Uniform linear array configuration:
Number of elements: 48
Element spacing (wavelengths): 0.75
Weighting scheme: blackman
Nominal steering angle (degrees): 45
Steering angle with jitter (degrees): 44.448
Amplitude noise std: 0.05
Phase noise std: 0.05

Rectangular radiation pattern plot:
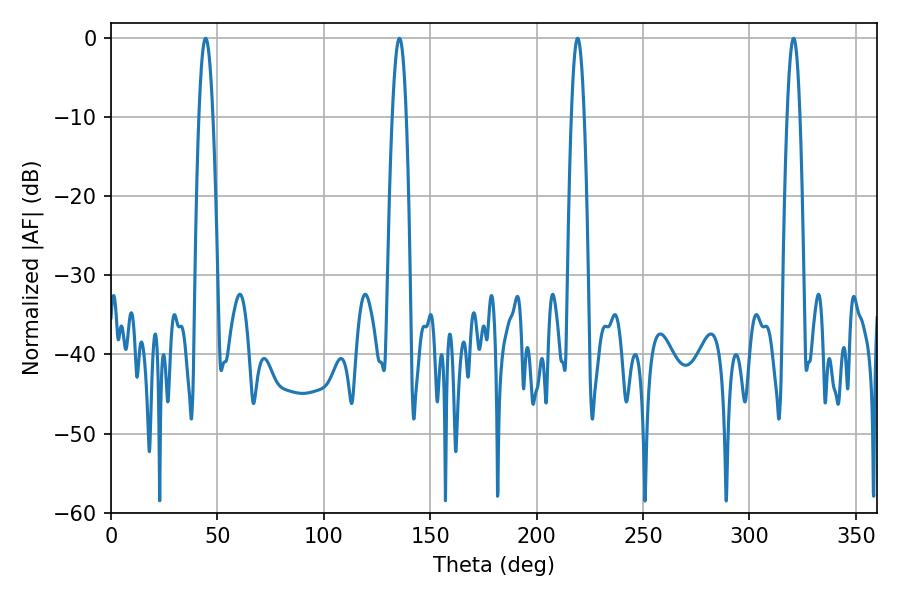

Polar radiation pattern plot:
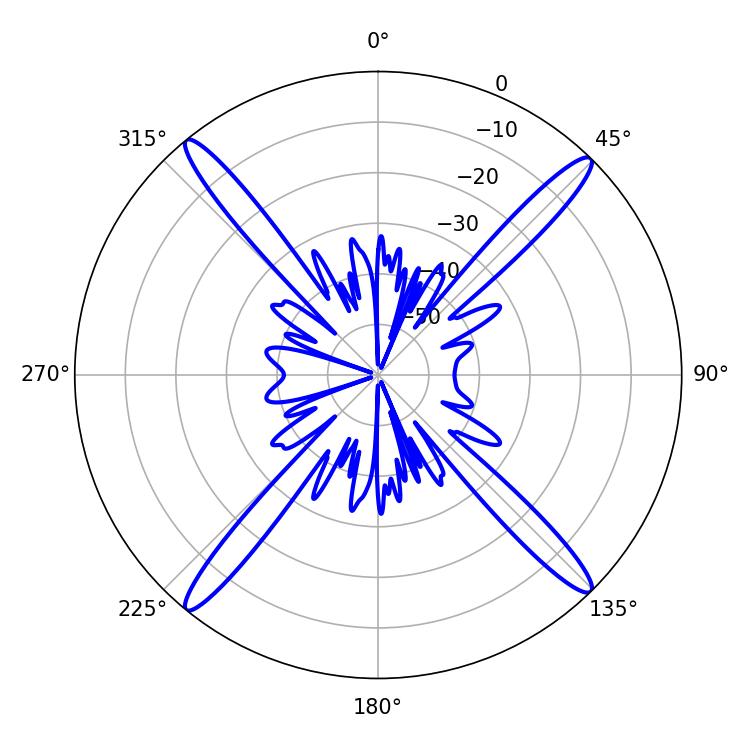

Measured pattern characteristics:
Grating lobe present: TRUE
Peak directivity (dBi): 20.923
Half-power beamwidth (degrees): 3.6
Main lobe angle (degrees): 44.46